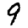
Digit: 9